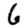
Digit: 6